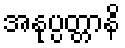
အနုပ္ပတ္တာနိ